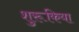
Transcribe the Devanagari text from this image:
शुरूकिया